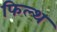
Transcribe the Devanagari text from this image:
फिल्थ